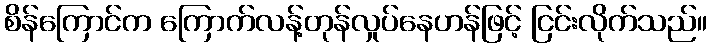
စိန်ကြောင်က ကြောက်လန့်တုန်လှုပ်နေဟန်ဖြင့် ငြင်းလိုက်သည်။